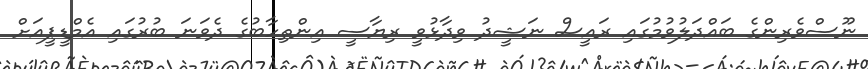
ނޫސްވެރިންގެ ބައްދަލުވުމުގައި ރައީސް ނަޝީދު ވިދާޅުވީ ރިޔާސީ އިންތިހާބުގެ ދެވަނަ ބުރުގައި އެމްޑީޕީއަށް